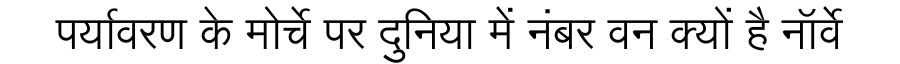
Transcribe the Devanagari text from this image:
पर्यावरण के मोर्चे पर दुनिया में नंबर वन क्यों है नॉर्वे